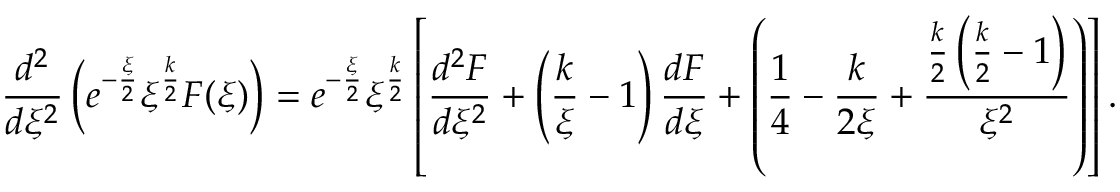
\frac { d ^ { 2 } } { d \xi ^ { 2 } } \left( e ^ { - \frac { \xi } { 2 } } \xi ^ { \frac { k } { 2 } } F ( \xi ) \right) = e ^ { - \frac { \xi } { 2 } } \xi ^ { \frac { k } { 2 } } \left[ \frac { d ^ { 2 } F } { d \xi ^ { 2 } } + \left( \frac { k } { \xi } - 1 \right) \frac { d F } { d \xi } + \left( \frac { 1 } { 4 } - \frac { k } { 2 \xi } + \frac { \frac { k } { 2 } \left( \frac { k } { 2 } - 1 \right) } { \xi ^ { 2 } } \right) \right] .